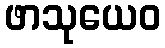
ဖာသုယေဝ